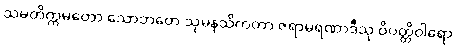
သမတိက္ကမတော သောဘတေ သုမနသိကတာ ဇရာမရဏာဒီသု ဝိပတ္တိဝါရော